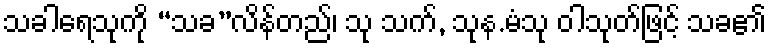
သခါရေသုကို “သခ”လိန်တည်၊ သု သက်, သုန.မံသု ဝါသုတ်ဖြင့် သခ၏